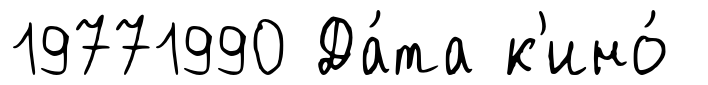
19771990 Да́та к'ино́